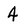
Character: 4